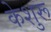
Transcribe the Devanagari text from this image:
केशुरू